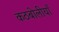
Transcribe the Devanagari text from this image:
कठबोलीयाँ